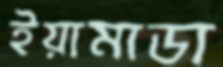
ইয়ামাডা